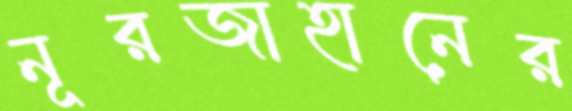
নূরজাহানের